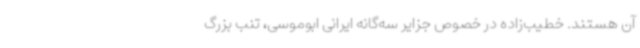
آن هستند. خطیب‌زاده در خصوص جزایر سه‌گانه ایرانی ابوموسی، تنب بزرگ